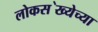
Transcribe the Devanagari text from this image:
लोकस॓ख्येच्या